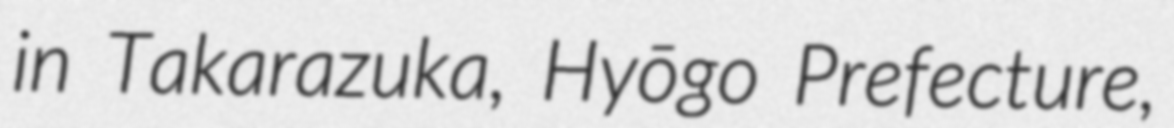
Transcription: in Takarazuka, Hyōgo Prefecture,